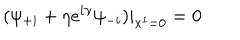
LaTeX: ( \psi _ { + i } + \eta e ^ { i \gamma } \psi _ { - i } ) | _ { x ^ { 1 } = 0 } = 0